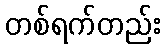
တစ်ရက်တည်း